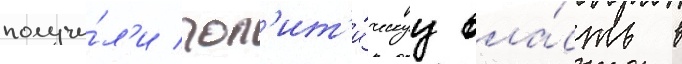
получи́л'и пол'ит'и́ческуу вла́сть в